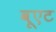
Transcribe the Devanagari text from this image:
वूएट